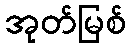
အုတ်မြစ်